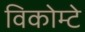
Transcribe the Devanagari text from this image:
विकोम्‍टे